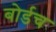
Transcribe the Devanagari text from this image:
बोर्डच